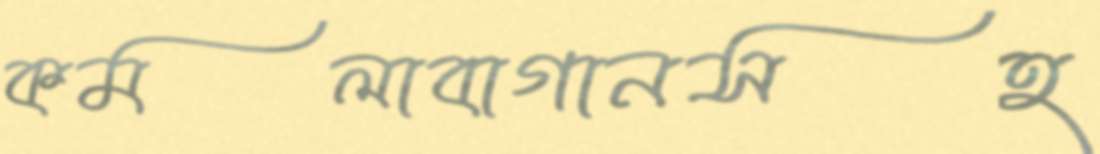
কমলাবাগানসহ